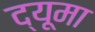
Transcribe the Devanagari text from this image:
द्यूमा